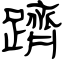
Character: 躋